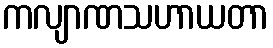
ကလျာဏသဟာယတာ